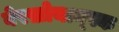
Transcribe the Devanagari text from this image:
वेरख़ोयान्स्क